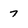
Character: 7